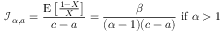
{ \mathcal { I } } _ { \alpha , a } = { \frac { \operatorname { E } \left[ { \frac { 1 - X } { X } } \right] } { c - a } } = { \frac { \beta } { ( \alpha - 1 ) ( c - a ) } } { \mathrm { ~ i f ~ } } \alpha > 1